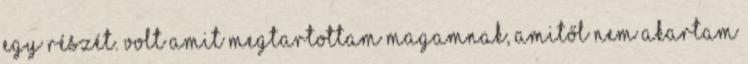
egy részét. Volt amit megtartottam magamnak, amitől nem akartam